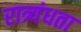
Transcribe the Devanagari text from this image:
रात्र्यंधता